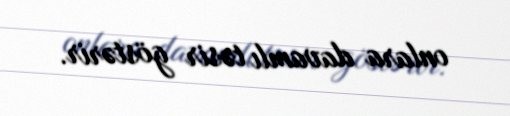
onlara davamlı təsir göstərir.